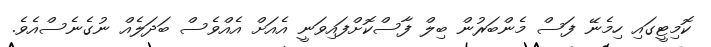
ކޮމިޓީގައި ހިމެނޭ ފަސް މެންބަރުން ބިލް ފާސްކޮށްފައިވަނީ އެއަށް އެއްވެސް ބަދަލެއް ނުގެެނެސްއެވެ.